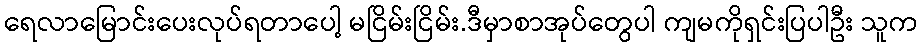
ရေလာမြောင်းပေးလုပ်ရတာပေါ့ မငြိမ်းငြိမ်း.ဒီမှာစာအုပ်တွေပါ ကျမကိုရှင်းပြပါဦး သူက